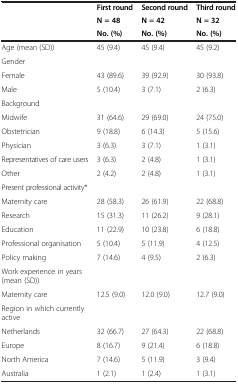
|  | First round | Second round | Third round |
 |  | N = 48 | N = 42 | N = 32 |
 |  | No. (%) | No. (%) | No. (%) |
 | --- | --- | --- | --- |
 | Age (mean (SD)) | 45 (9.4) | 45 (9.4) | 45 (9.2) |
 | Gender |  |  |  |
 | Female | 43 (89.6) | 39 (92.9) | 30 (93.8) |
 | Male | 5 (10.4) | 3 (7.1) | 2 (6.3) |
 | Background |  |  |  |
 | Midwife | 31 (64.6) | 29 (69.0) | 24 (75.0) |
 | Obstetrician | 9 (18.8) | 6 (14.3) | 5 (15.6) |
 | Physician | 3 (6.3) | 3 (7.1) | 1 (3.1) |
 | Representatives of care users | 3 (6.3) | 2 (4.8) | 1 (3.1) |
 | Other | 2 (4.2) | 2 (4.8) | 1 (3.1) |
 | Present professional activity* |  |  |  |
 | Maternity care | 28 (58.3) | 26 (61.9) | 22 (68.8) |
 | Research | 15 (31.3) | 11 (26.2) | 9 (28.1) |
 | Education | 11 (22.9) | 10 (23.8) | 6 (18.8) |
 | Professional organisation | 5 (10.4) | 5 (11.9) | 4 (12.5) |
 | Policy making | 7 (14.6) | 4 (9.5) | 2 (6.3) |
 | Work experience in years (mean (SD)) |  |  |  |
 | Maternity care | 12.5 (9.0) | 12.0 (9.0) | 12.7 (9.0) |
 | Region in which currently active |  |  |  |
 | Netherlands | 32 (66.7) | 27 (64.3) | 22 (68.8) |
 | Europe | 8 (16.7) | 9 (21.4) | 6 (18.8) |
 | North America | 7 (14.6) | 5 (11.9) | 3 (9.4) |
 | Australia | 1 (2.1) | 1 (2.4) | 1 (3.1) |